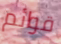
قوائم